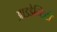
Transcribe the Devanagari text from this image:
आइडेन्टिटी